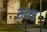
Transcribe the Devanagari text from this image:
सथ्था